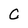
Character: C